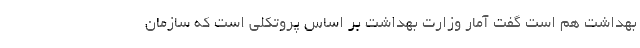
بهداشت هم است گفت آمار وزارت بهداشت بر اساس پروتکلی است که سازمان